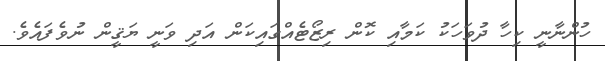
ހުންނާނީ ކިހާ ދުވަހަކު ކަމާއި ކޮން ރިޒޯޓެއްގައިކަން އަދި ވަނީ ޔަޤީން ނުވެފައެވެ.